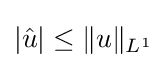
|{\hat {u}}|\leq \|u\|_{L^{1}}